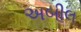
અબીલ